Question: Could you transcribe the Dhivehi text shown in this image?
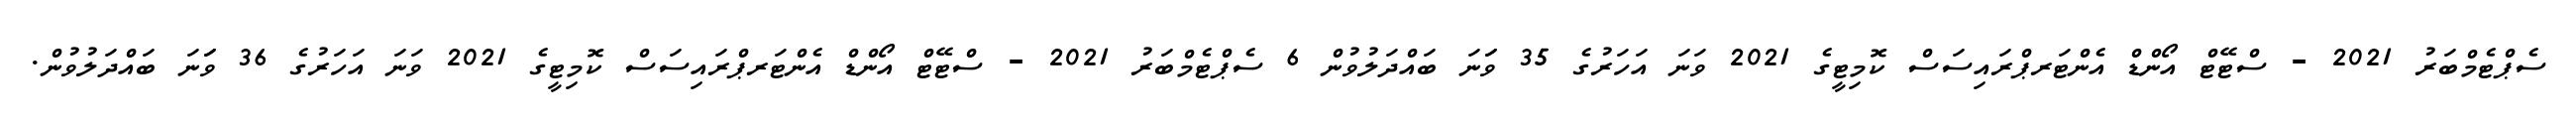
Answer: ސެޕްޓެމްބަރު 2021 - ސްޓޭޓް އޯންޑް އެންޓަރޕްރައިސަސް ކޮމިޓީގެ 2021 ވަނަ އަހަރުގެ 35 ވަަނަ ބައްދަލުވުން 6 ސެޕްޓެމްބަރު 2021 - ސްޓޭޓް އޯންޑް އެންޓަރޕްރައިސަސް ކޮމިޓީގެ 2021 ވަނަ އަހަރުގެ 36 ވަަނަ ބައްދަލުވުން.